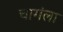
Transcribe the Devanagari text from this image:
चागंला